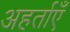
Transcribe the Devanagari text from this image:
अहर्ताएँ